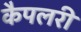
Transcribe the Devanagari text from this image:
कैपलरी